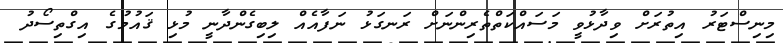
މިނިސްޓަރު އިތުރަށް ވިދާޅުވީ މަސައްކަތްތެރިންނަށް ރަނގަޅު ނަފާއެއް ލިބިގެންދާނީ މުޅި ޤައުމުގެ އިގްތިސޯދު